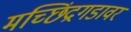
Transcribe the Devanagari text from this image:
मच्छिंद्रगडावर